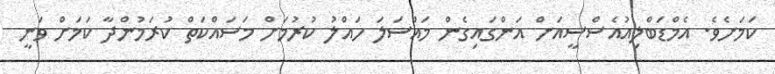
ކަމަށެވެ. އެމްޑަބްލިއުއެސްސީއަށް އަންގައިގެން މައްސަލަ ހައްލު ކުރުމަށް މަސައްކަތް ކުރަމުންދާ ކަމަށް ވަނީ